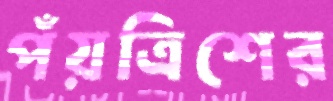
পঁয়ত্রিশের